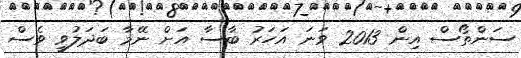
ސަންތޯސް އިން 2013 ވަނަ އަހަރު ބާސާ އަށް ނޭމާ ބަދަލުވީ ވެސް